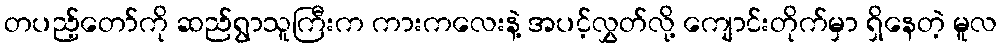
တပည့်တော်ကို ဆည်ရွာသူကြီးက ကားကလေးနဲ့ အပင့်လွှတ်လို့ ကျောင်းတိုက်မှာ ရှိနေတဲ့ မူလ